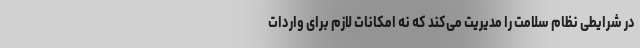
در شرایطی نظام سلامت را مدیریت می‌کند که نه امکانات لازم برای واردات